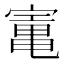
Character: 𡪫